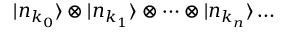
| n _ { k _ { 0 } } \rangle \otimes | n _ { k _ { 1 } } \rangle \otimes \dots \otimes | n _ { k _ { n } } \rangle \dots